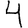
Digit: 4